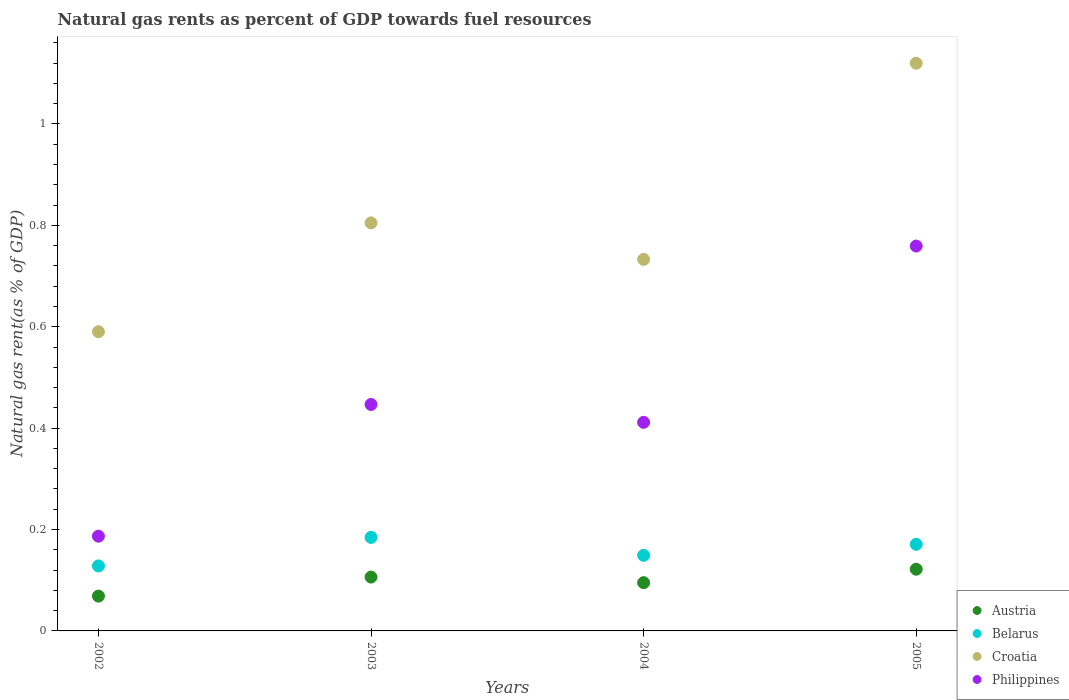
| Years | Austria | Belarus | Croatia | Philippines |
 | --- | --- | --- | --- | --- |
 | 2002 | 0.0687 | 0.128 | 0.59 | 0.187 |
 | 2003 | 0.106 | 0.185 | 0.805 | 0.447 |
 | 2004 | 0.0952 | 0.149 | 0.733 | 0.411 |
 | 2005 | 0.122 | 0.171 | 1.12 | 0.759 |